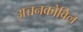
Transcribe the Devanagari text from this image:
अच्चनकोविल